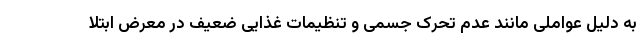
به دلیل عواملی مانند عدم تحرک جسمی و تنظیمات غذایی ضعیف در معرض ابتلا